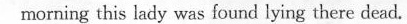
morning this lady was found lying there dead.